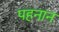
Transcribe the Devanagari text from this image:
पहनान